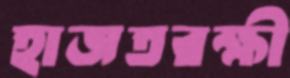
হাজতরক্ষী